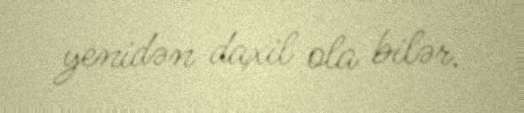
yenidən daxil ola bilər.